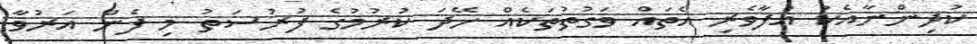
ކުދިންނާއެކު އުފާވެރި އެތައް ވަގުތުތަކެއް ހޭދަ ކުރުމުގެ ފުރުސަތު މި ފެން އަރުވާ